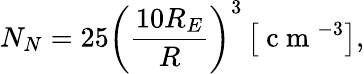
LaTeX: N_{N}=25\left(\frac{10R_{E}}{R}\right)^{3}\left[\mathrm{~c~m~}^{-3}\right],